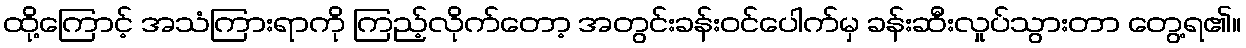
ထို့ကြောင့် အသံကြားရာကို ကြည့်လိုက်တော့ အတွင်းခန်းဝင်ပေါက်မှ ခန်းဆီးလှုပ်သွားတာ တွေ့ရ၏။